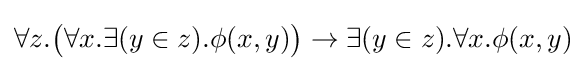
\forall z.{\big (}\forall x.\exists (y\in z).\phi (x,y){\big )}\to \exists (y\in z).\forall x.\phi (x,y)